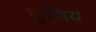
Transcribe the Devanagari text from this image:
कूणिय